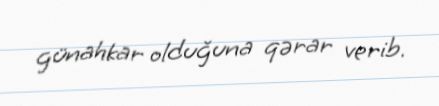
günahkar olduğuna qərar verib.